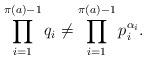
LaTeX: \begin{align*}\prod_{i = 1}^{\pi(a) - 1} q_i \neq \prod_{i = 1}^{\pi(a) - 1}p_i^{\alpha_i}. \end{align*}